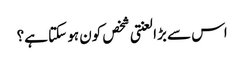
اس سے بڑا لعنتی شخص کون ہو سکتا ہے؟